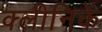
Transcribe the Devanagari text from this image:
क्लीनिकें